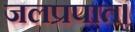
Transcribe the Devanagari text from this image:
जलप्रपात।